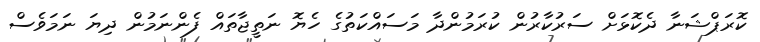
ކޮރަޕްޝަނާ ދެކޮޅަށް ސަރުކާރުން ކުރަމުންދާ މަސައްކަތުގެ ހެޔޮ ނަތީޖާތައް ފެންނަމުން ދިޔަ ނަމަވެސް